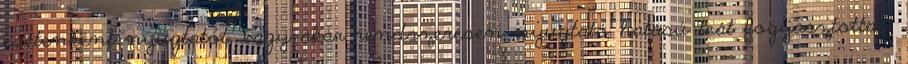
esetenként nyugtatót, vagy akár rendszeresen nyugtató hatású teát fogyasztottak.